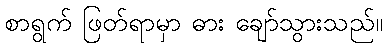
စာရွက် ဖြတ်ရာမှာ ဓား ချော်သွားသည်။